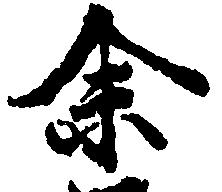
余